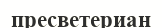
пресветериан